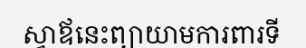
ស្វាឪនេះព្យាយាមការពារទី